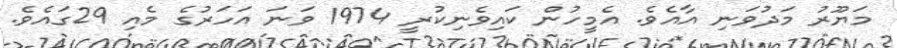
މަޔޫރު މަދުވަނި އާއެވެ. އެމީހުން ކައިވެނިކުރީ 1974 ވަނަ އަހަރުގެ މެއި 29ގައެވެ.